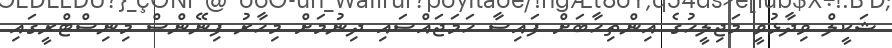
ޝަކީލް ވިދާޅުވީ މަޖިލީހުގެ އިންތިހާބަށް ފައިސާ ހަމަޖައްސައި ދިނުމަށް މިހާރު ފިނޭންސް މިނިސްޓްރީގައި